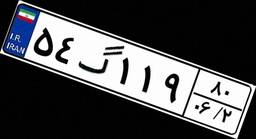
۵۴گ۱۱۹۸۰